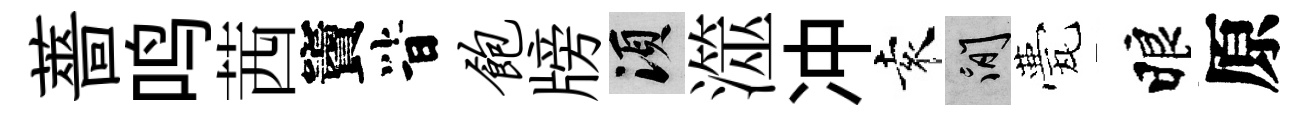
薔鸣茜竇𣅜饱牓須澨冲袁閑甍睱原